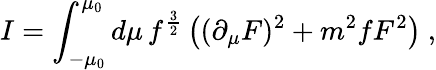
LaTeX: I=\int_{-\mu_{0}}^{\mu_{0}}d\mu\, f^{{\frac{3}{2}}}\left((\partial_{\mu}F)^{2}+{m^{2}f}F^{2}\right)\ ,